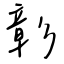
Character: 彰